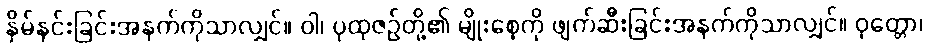
နှိမ်နင်းခြင်းအနက်ကိုသာလျှင်။ ဝါ၊ ပုထုဇဉ်တို့၏ မျိုးစေ့ကို ဖျက်ဆီးခြင်းအနက်ကိုသာလျှင်။ ဝုတ္တော၊